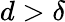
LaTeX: d>\delta